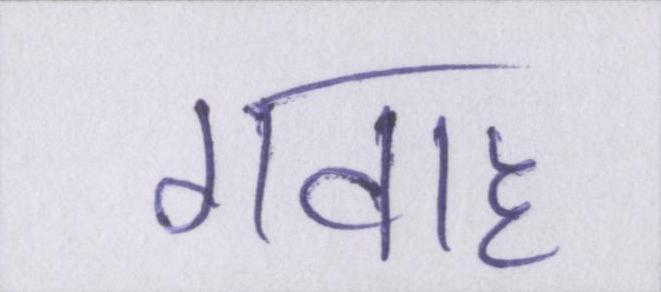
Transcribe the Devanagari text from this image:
गवाह